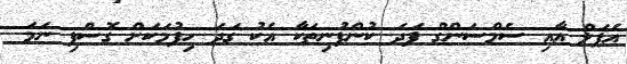
އެޕަލް އާއި ސެމްސަންގް ފަދަ ކުންފުނިތަކާ އެކު ގަދަ ހިފުމަކަށް ގޮސްފި ނަމަ